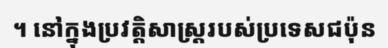
។ នៅក្នុងប្រវត្តិសាស្ត្ររបស់ប្រទេសជប៉ុន